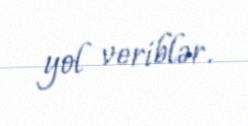
yol veriblər.